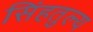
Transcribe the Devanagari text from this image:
सिंहतुल्य